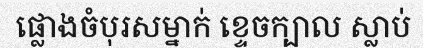
ផ្លោងចំបុរសម្នាក់ ខ្ទេចក្បាល ស្លាប់